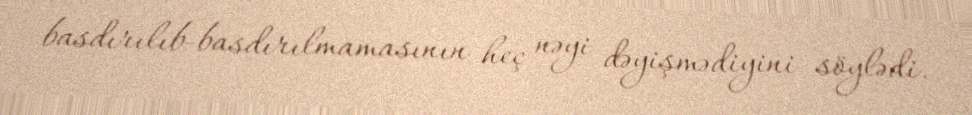
basdırılıb-basdırılmamasının heç nəyi dəyişmədiyini söylədi.